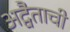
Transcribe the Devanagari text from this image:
अद्वैताची